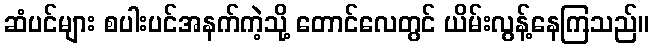
ဆံပင်များ စပါးပင်အနက်ကဲ့သို့ တောင်လေတွင် ယိမ်းလွန့်နေကြသည်။